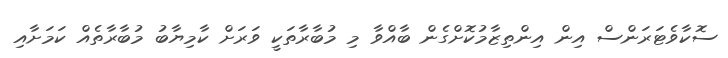
ސޮކާވެޓަރަންސް އިން އިންތިޒާމުކޮށްގެން ބާއްވާ މި މުބާރާތަކީ ވަރަށް ކާމިޔާބު މުބާރާތެއް ކަމަށާއި